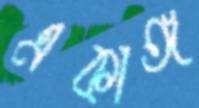
একাঙ্গ